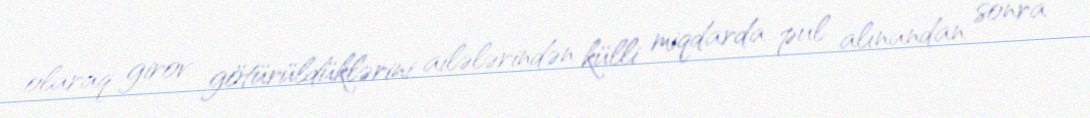
olaraq girov götürüldüklərini, ailələrindən külli miqdarda pul alınandan sonra